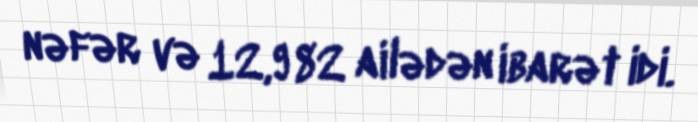
nəfər və 12,982 ailədən ibarət idi.